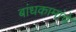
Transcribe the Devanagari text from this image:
बांधकामांचे